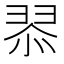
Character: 𮊿